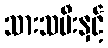
သားသမီးနှင့်